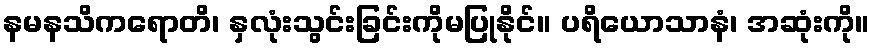
နမနသိကရောတိ၊ နှလုံးသွင်းခြင်းကိုမပြုနိုင်။ ပရိယောသာနံ၊ အဆုံးကို။